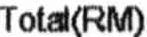
TOTAL(RM)